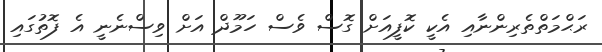
ރަޙްމަތްތެރިންނާއި އެކީ ކޮފީއަށް ގޮސް ވެސް ހަމޫދް އަށް ވިސްނެނީ އެ ފޮތުގައި